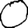
Digit: 0